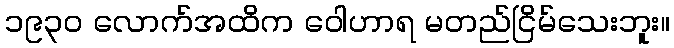
၁၉၃၀ လောက်အထိက ဝေါဟာရ မတည်ငြိမ်သေးဘူး။